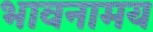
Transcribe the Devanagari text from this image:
भावनामय